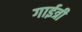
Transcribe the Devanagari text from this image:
गाईत्री